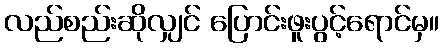
လည်စည်းဆိုလျှင် ပြောင်းဖူးပွင့်ရောင်မှ။